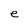
Character: e